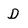
Character: D